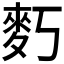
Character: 𪋽